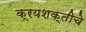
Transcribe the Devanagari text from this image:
क्रयशक्तीचे